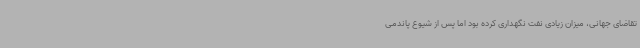
تقاضای جهانی، میزان زیادی نفت نگهداری کرده بود اما پس از شیوع پاندمی